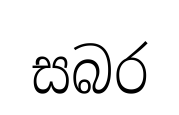
සබර